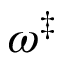
\omega ^ { \ddagger }